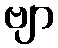
ဗျာ